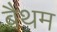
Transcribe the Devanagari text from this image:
बैथम